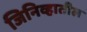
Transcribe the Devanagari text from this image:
जिनिव्हातील